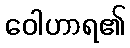
ဝေါဟာရ၏